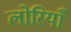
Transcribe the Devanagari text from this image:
लोरियाँ